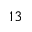
1 3